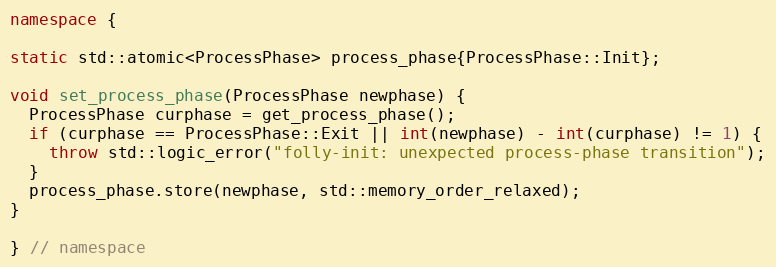
Language: C++
namespace {

static std::atomic<ProcessPhase> process_phase{ProcessPhase::Init};

void set_process_phase(ProcessPhase newphase) {
  ProcessPhase curphase = get_process_phase();
  if (curphase == ProcessPhase::Exit || int(newphase) - int(curphase) != 1) {
    throw std::logic_error("folly-init: unexpected process-phase transition");
  }
  process_phase.store(newphase, std::memory_order_relaxed);
}

} // namespace